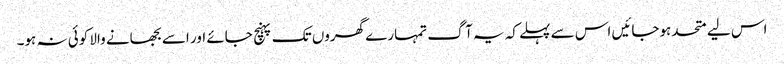
اس لیے متحد ہوجائیں اس سے پہلے کہ یہ آگ تمہارے گھروں تک پہنچ جائے اور اسے بجھانے والا کوئی نہ ہو۔